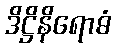
ဒိဋ္ဌိနိရောဓံ